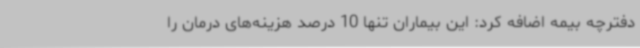
دفترچه بیمه اضافه کرد: این بیماران تنها 10 درصد هزینه‌های درمان را